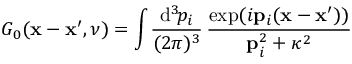
G _ { 0 } ( { \bf x } - { \bf x } ^ { \prime } , \nu ) = \int \! \frac { \mathrm { d } ^ { 3 } \! p _ { i } } { ( 2 \pi ) ^ { 3 } } \, \frac { \exp ( i { \bf p } _ { i } ( { \bf x } - { \bf x } ^ { \prime } ) ) } { { \bf p } _ { i } ^ { 2 } + \kappa ^ { 2 } }